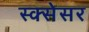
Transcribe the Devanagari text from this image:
स्क्सेसर